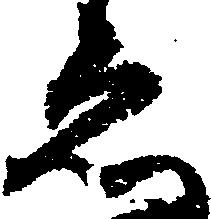
ゑ